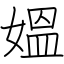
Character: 媼